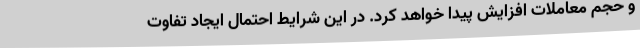
و حجم معاملات افزایش پیدا خواهد کرد. در این شرایط احتمال ایجاد تفاوت